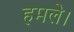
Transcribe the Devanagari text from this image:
हमले।